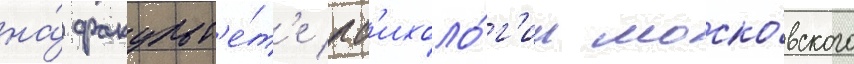
на́ факульт'е́т'е пс'ихоло́г'ии моско́вского